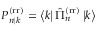
P _ { n | k } ^ { \mathrm { ( r r ) } } = \left\langle k \right| \hat { \Pi } _ { n } ^ { \mathrm { ( r r ) } } \left| k \right\rangle